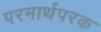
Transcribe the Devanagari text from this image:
परमार्थपरक